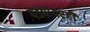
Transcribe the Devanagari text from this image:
पडद्यांवरही